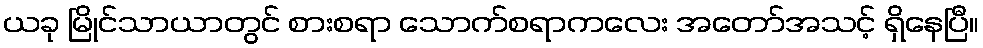
ယခု မြိုင်သာယာတွင် စားစရာ သောက်စရာကလေး အတော်အသင့် ရှိနေပြီ။